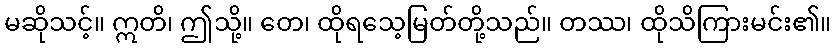
မဆိုသင့်။ ဣတိ၊ ဤသို့။ တေ၊ ထိုရသေ့မြတ်တို့သည်။ တဿ၊ ထိုသိကြားမင်း၏။